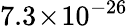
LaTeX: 7.3\! \times\! 10^{-26}